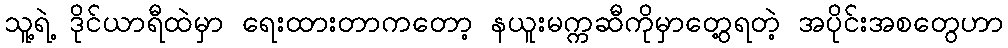
သူ့ရဲ့ ဒိုင်ယာရီထဲမှာ ရေးထားတာကတော့ နယူးမက္ကဆီကိုမှာတွေ့ရတဲ့ အပိုင်းအစတွေဟာ